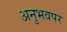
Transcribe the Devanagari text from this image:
अनुभवपर